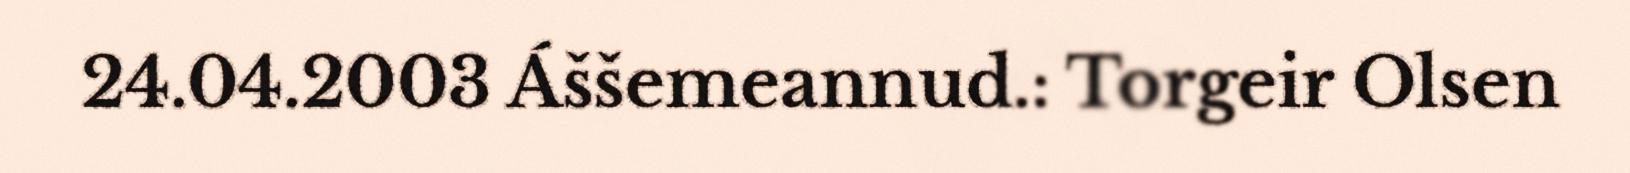
24.04.2003 Áššemeannud.: Torgeir Olsen